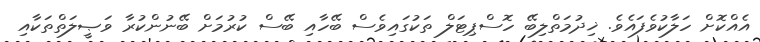
އެއްކޮށް ހަލާކުވެފައެވެ. ޚިދުމަތްލިބޭ ހޮސްޕިޓަލް ތަކުގައިވެސް ބޭހާއި ބޭސް ކުރުމަށް ބޭނުންކުރާ ވަޞީލަތްތަކާއި